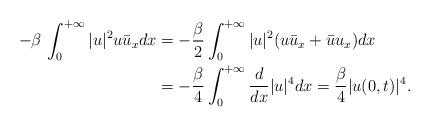
LaTeX: \begin{align*}-\beta\,\int_0^{+\infty} |u|^2u\bar{u}_x dx&=-\frac{\beta}{2}\int_0^{+\infty}|u|^2(u\bar{u}_x+\bar{u}u_x)dx\\&=-\frac{\beta}{4}\int_0^{+\infty}\frac{d}{dx}|u|^4dx=\frac{\beta}{4}|u(0,t)|^4.\end{align*}